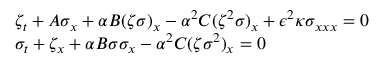
\begin{array} { r l } & { \zeta _ { t } + A \sigma _ { x } + \alpha B ( { \zeta } { \sigma } ) _ { x } - \alpha ^ { 2 } C ( { \zeta } ^ { 2 } { \sigma } ) _ { x } + \epsilon ^ { 2 } \kappa { \sigma } _ { x x x } = 0 } \\ & { \sigma _ { t } + \zeta _ { x } + \alpha B { \sigma } { \sigma } _ { x } - \alpha ^ { 2 } C ( { \zeta } { \sigma } ^ { 2 } ) _ { x } = 0 } \end{array}